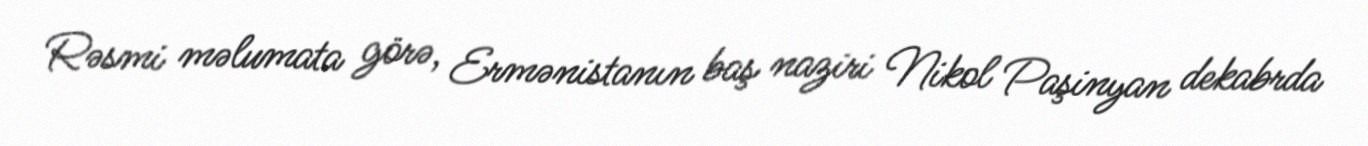
Rəsmi məlumata görə, Ermənistanın baş naziri Nikol Paşinyan dekabrda